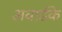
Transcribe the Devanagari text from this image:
अवार्डके